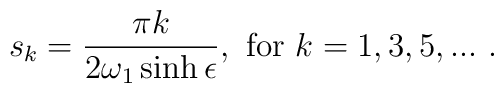
s_k=\frac{\pi k}{2\omega_1 \sinh\epsilon},~{\rm for}~k=1,3,5,...~.